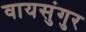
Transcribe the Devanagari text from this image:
वायसुंगुर